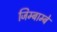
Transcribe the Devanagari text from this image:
जिम्बाम्बे